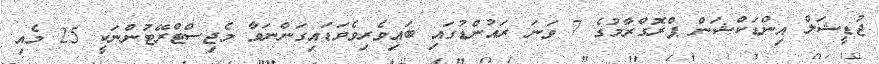
ޖުޑީޝަލް އިންޑަކްޝަން ޕްރޮގްރާމުގެ 7 ވަނަ ރައުންޑުގައި ބައިވެރިވެވަޑައިގަންނަވާ މެޖިސްޓްރޭޓުންނަކީ 25 މެއި